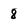
Character: 8